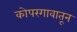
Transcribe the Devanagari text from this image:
कोपरगावातून